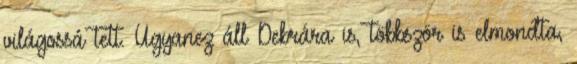
világossá tett. Ugyanez áll Debrára is, többször is elmondta,